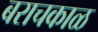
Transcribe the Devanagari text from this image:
बराचकाळ